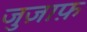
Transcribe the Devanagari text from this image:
जुज़ाफ़